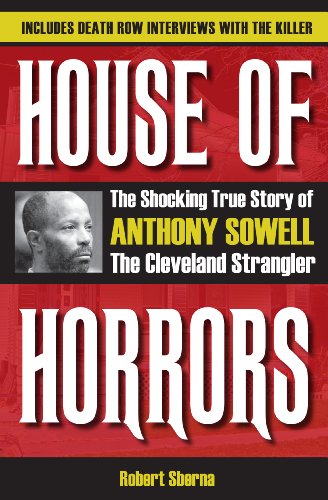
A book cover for House of Horrors: The Shocking True Story of Anthony Sowell, the Cleveland Strangler; Robert Sberna; Biographies & Memoirs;